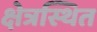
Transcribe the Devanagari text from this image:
क्षेत्रस्थित